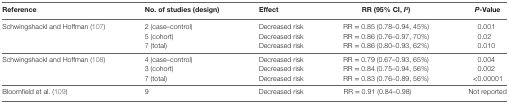
<table><thead><tr><td><b>Reference</b></td><td><b>No. of studies (design)</b></td><td><b>Effect</b></td><td><b>RR (95% CI, <i>I</i><sup>2</sup>)</b></td><td><b><i>P</i>-Value</b></td></tr></thead><tbody><tr><td rowspan="3">Schwingshackl and Hoffman (107)</td><td>2 (case–control)</td><td>Decreased risk</td><td>RR = 0.85 (0.78–0.94, 45%)</td><td>0.001</td></tr><tr><td>5 (cohort)</td><td>Decreased risk</td><td>RR = 0.86 (0.76–0.97, 70%)</td><td>0.02</td></tr><tr><td>7 (total)</td><td>Decreased risk</td><td>RR = 0.86 (0.80–0.93, 62%)</td><td>0.010</td></tr><tr><td rowspan="3">Schwingshackl and Hoffman (108)</td><td>4 (case–control)</td><td>Decreased risk</td><td>RR = 0.79 (0.67–0.93, 65%)</td><td>0.004</td></tr><tr><td>3 (cohort)</td><td>Decreased risk</td><td>RR = 0.84 (0.75–0.94, 56%)</td><td>0.002</td></tr><tr><td>7 (total)</td><td>Decreased risk</td><td>RR = 0.83 (0.76–0.89, 56%)</td><td>&lt;0.00001</td></tr><tr><td>Bloomfield et al. (109)</td><td>9</td><td>Decreased risk</td><td>RR = 0.91 (0.84–0.98)</td><td>Not reported</td></tr></tbody></table>